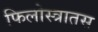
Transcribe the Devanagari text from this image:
फिलोस्त्रातस